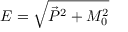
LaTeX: { \cal E } = \sqrt { \vec { P } ^ { 2 } + M _ { 0 } ^ { 2 } }